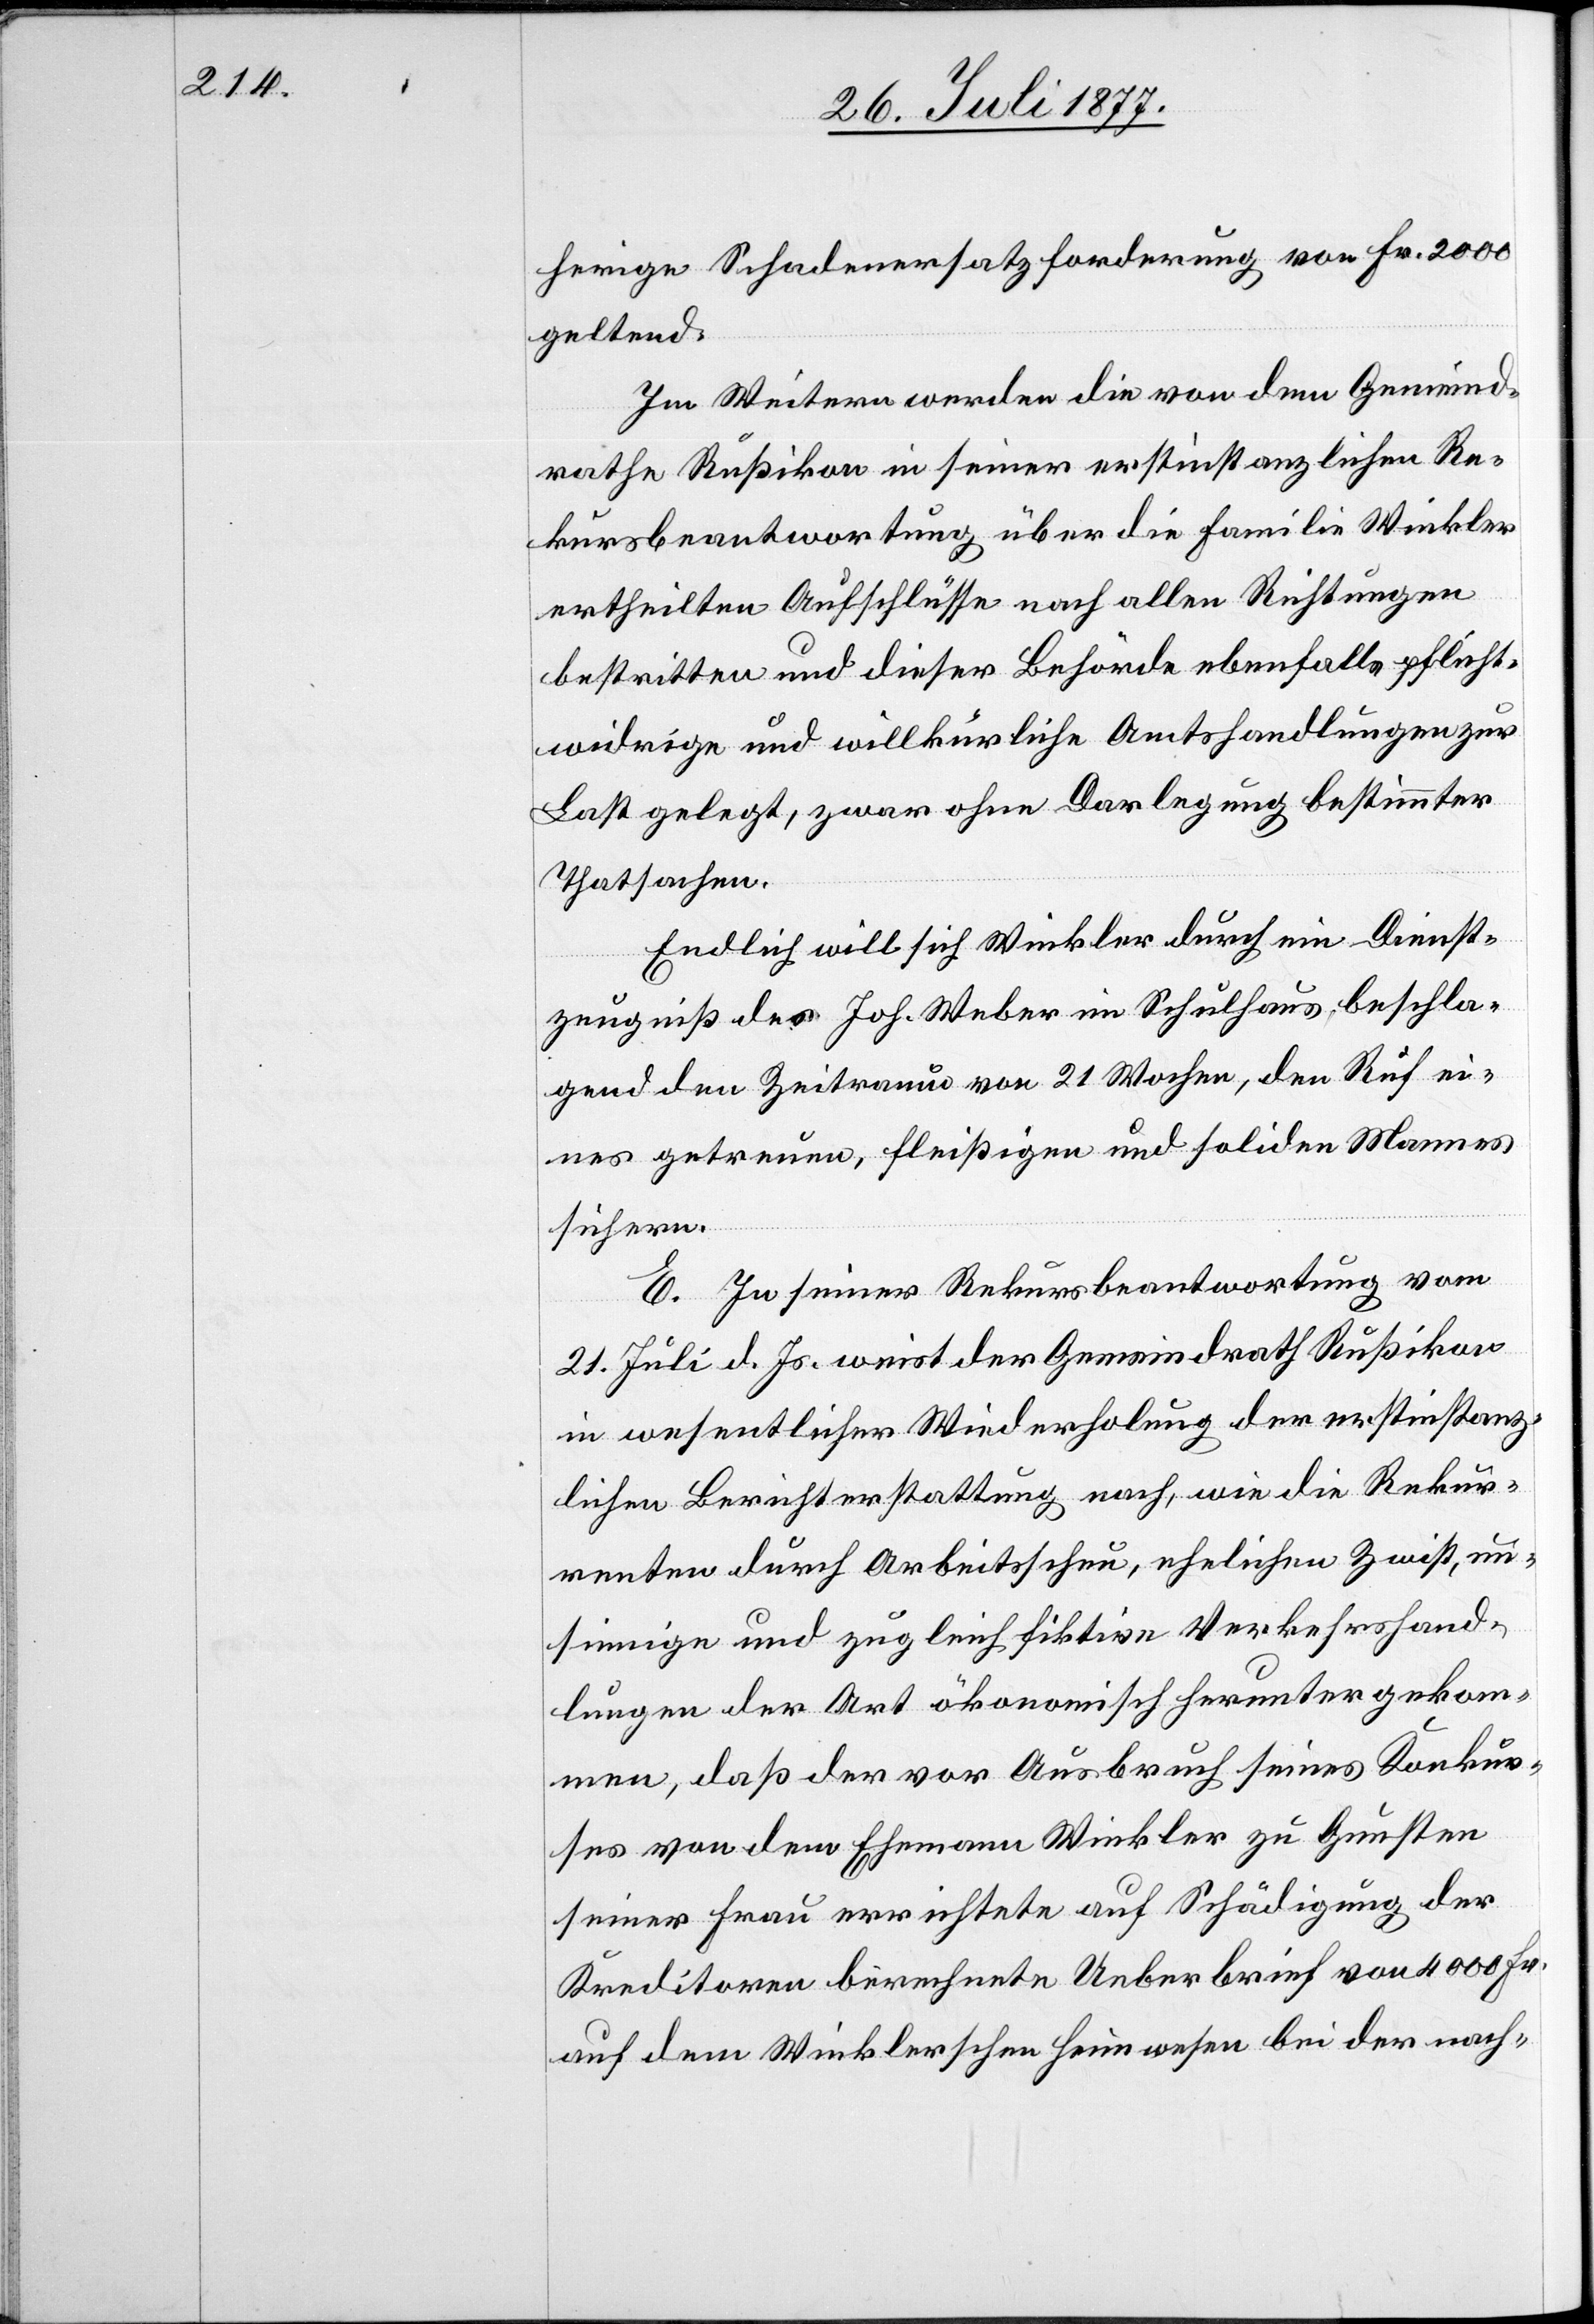
herige Schadenersatzforderung von Fr. 2000
geltend.
Im Weitern werden die von dem Gemeind¬
rathe Rußikon in seiner erstinstanzlichen Re¬
kursbeantwortung über die Familie Winkler
ertheilten Aufschlüsse nach allen Richtungen
bestritten und dieser Behörde ebenfalls pflicht¬
widrige und willkürliche Amtshandlungen zur
Last gelegt, zwar ohne Darlegung bestimmter
Thatsachen.
Endlich will sich Winkler durch ein Dienst¬
zeugniß des Joh. Weber im Schulhaus beschla¬
gend den Zeitraum von 21 Wochen, den Ruf ei¬
nes getreuen, fleißigen und soliden Mannes
sichern.
E. In seiner Rekursbeantwortung vom
21. Juli d. Js. weist der Gemeindrath Rußikon
in wesentlicher Wiederholung der erstinstanz¬
lichen Berichterstattung nach, wie die Rekur¬
renten durch Arbeitsscheu, ehelichen Zwist, un¬
sinnige und zugleich fiktive Verkehrshand¬
lungen der Art ökonomisch heruntergekom¬
men, daß der vor Ausbruch seines Konkur¬
ses von dem Ehemann Winkler zu Gunsten
seiner Frau errichtete auf Schädigung der
Kreditoren berechnete Ueberbrief von 4000 Fr.
auf dem Winklerschen Heimwesen bei der nach-